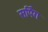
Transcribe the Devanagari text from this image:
सर्पिंग